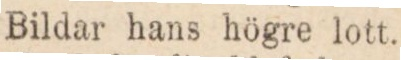
Bildar hans högre lott.